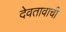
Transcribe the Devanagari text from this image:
देवतावाची